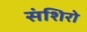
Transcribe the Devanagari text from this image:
संशिरो